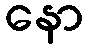
နော